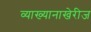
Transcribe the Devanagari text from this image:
व्याख्यानाखेरीज